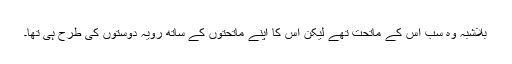
بلاشبہ وہ سب اس کے ماتحت تھے لیکن اس کا اپنے ماتحتوں کے ساتھ رویہ دوستوں کی طرح ہی تھا۔